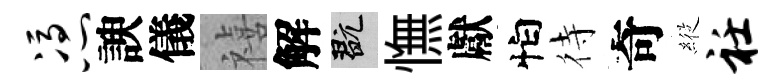
凭諛儀禧解玩憮獻怕待奇𦂵衽